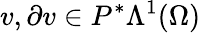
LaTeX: v,\partial v\in P^{\ast}\Lambda^{1}(\Omega)